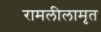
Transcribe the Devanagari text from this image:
रामलीलामृत